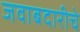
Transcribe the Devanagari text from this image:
जवाबदारीचे